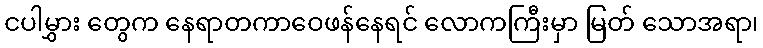
ငပါမွှား တွေက နေရာတကာဝေဖန်နေရင် လောကကြီးမှာ မြတ် သောအရာ၊